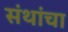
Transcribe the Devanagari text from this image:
संथांचा